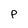
Character: p